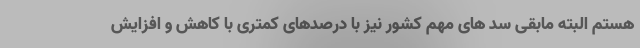
هستم البته مابقی سد های مهم کشور نیز با درصدهای کمتری با کاهش و افزایش